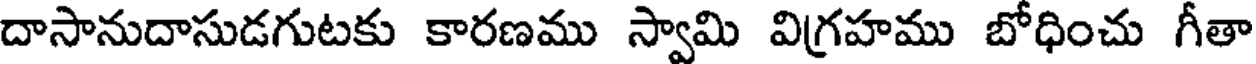
దాసానుదాసుడగుటకు కారణము స్వామి విగ్రహము బోధించు గీతా